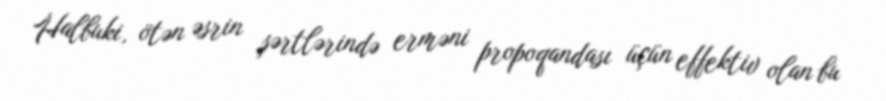
Halbuki, ötən əsrin şərtlərində erməni propoqandası üçün effektiv olan bu